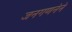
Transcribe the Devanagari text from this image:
जनगणनेने